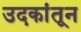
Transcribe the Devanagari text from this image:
उदकांतून